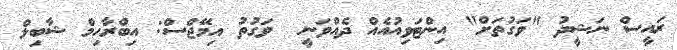
ރައީސް ނަޝީދު "ވަގުތަށް" އިންޓަވިއުއެއް ދެއްވަނީ  ވަގުތު އިމޭޖްސް: އިބްރާހިމް ޝާބިލް